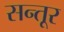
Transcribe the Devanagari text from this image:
सन्तूर